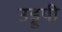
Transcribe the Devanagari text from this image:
उड्डपी